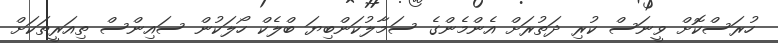
ހުރަސްކޮށް ވީނަސް ކުރި ދަތުރަށް އެންމެންގެ ސަމާލުކަންބިޔަ ބްލެކް ހޯލަކުން ސައިންސް ތިއަރީތަކަށް